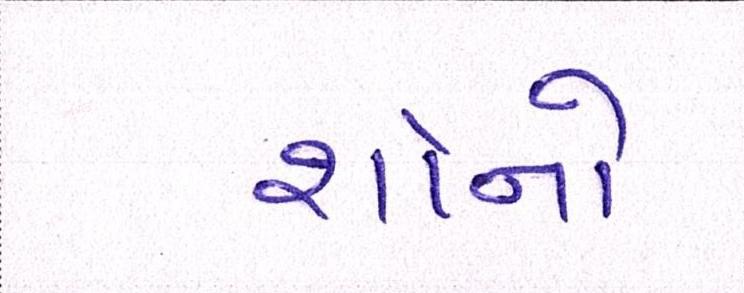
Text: શૉનો